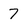
Character: 7